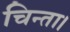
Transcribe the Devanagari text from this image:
चिन्ता।